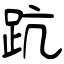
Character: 䟘